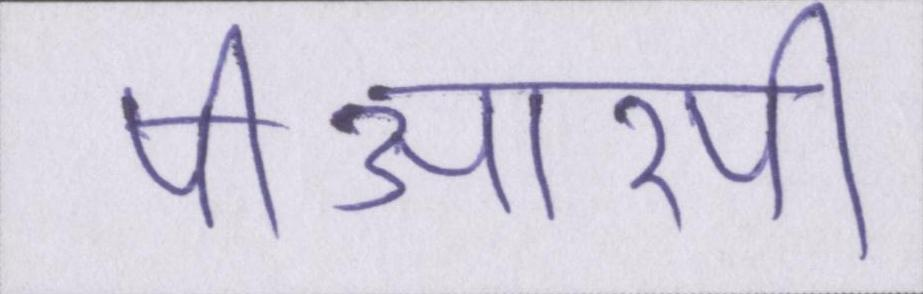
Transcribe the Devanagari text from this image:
पीआरपी